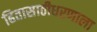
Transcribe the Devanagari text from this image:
हितासाठीधरणाला